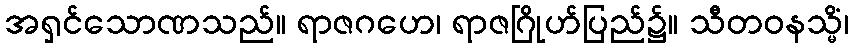
အရှင်သောဏသည်။ ရာဇဂဟေ၊ ရာဇဂြိုဟ်ပြည်၌။ သီတဝနသ္မိံ၊